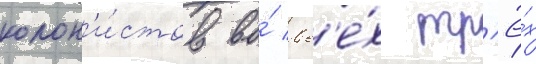
колон'и́стов во́ вс'е́х тр'ё́х